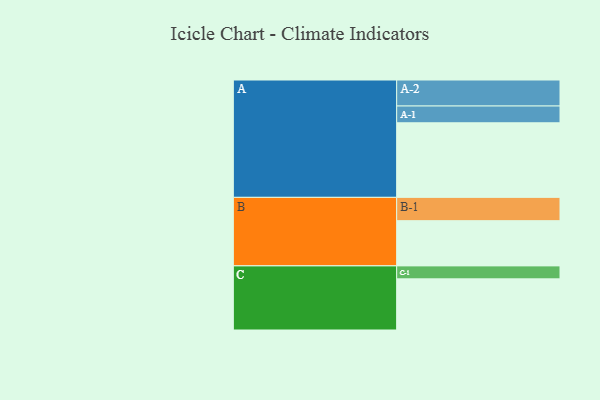
{"axis": {"x": "Segment", "y": "Value"}, "legend": ["", "A", "B", "C"], "data": [{"x": "A", "y": 528, "type": ""}, {"x": "B", "y": 320, "type": ""}, {"x": "C", "y": 362, "type": ""}, {"x": "A-1", "y": 119, "type": "A"}, {"x": "A-2", "y": 184, "type": "A"}, {"x": "B-1", "y": 165, "type": "B"}, {"x": "C-1", "y": 92, "type": "C"}]}